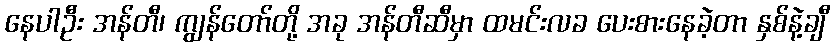
နေပါဦး အန်တီ၊ ကျွန်တော်တို့ အခု အန်တီဆီမှာ ထမင်းလခ ပေးစားနေခဲ့တာ နှစ်နဲ့ချီ